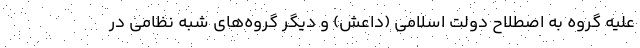
علیه گروه به اصطلاح دولت اسلامی (داعش) و دیگر گروه‌های شبه نظامی در